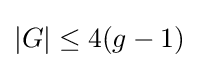
|G|\leq 4(g-1)